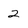
Character: 2